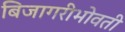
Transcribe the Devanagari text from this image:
बिजागरीभोवती